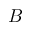
B